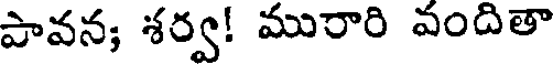
పావన; శర్వ! మురారి వందితా